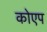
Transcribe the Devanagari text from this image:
कोएप